King Institute of Preventive Medicine Micro-Biological Section reports 1912-19
Year: 1912
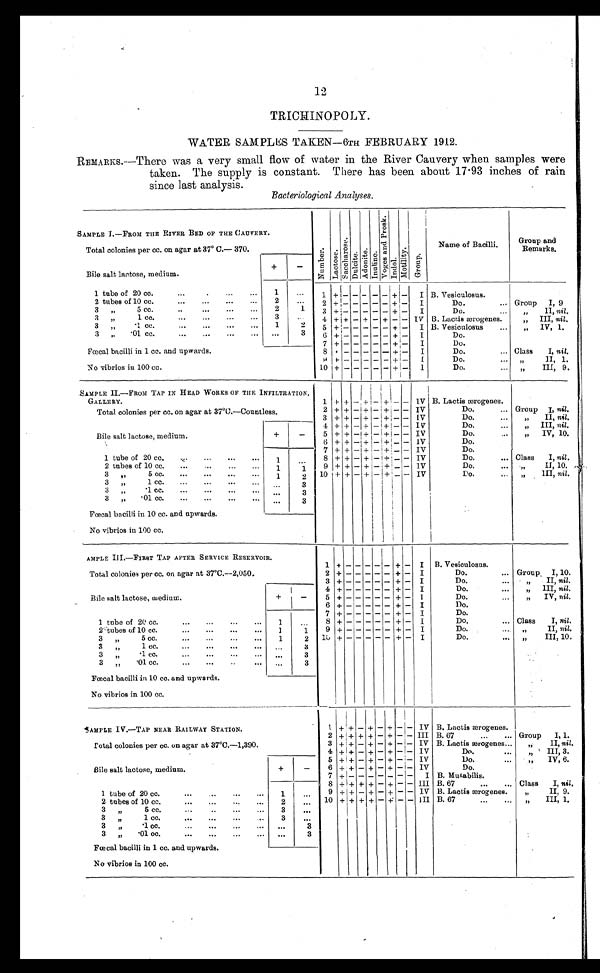
12
TRICHINOPOLY.
WATER SAMPLES TAKEN-6TH FEBRUARY 1912.
REMARKS.—There was a very small flow of water in the River Cauvery when samples were
taken. The supply is constant. There has been about 17.93 inches of rain
since last analysis.
Bacteriological Analyses.
SAMPLE I.—FROM THE RIVER BED OF THE CAUVERY .
N u m b e r .
L a c t o s e . S a c c h a r o s e . D u l c i t e . A d o n i t e . I n u l i n e . V o g e s a n d P r o s k . I n d o l .
M o t i l i t y . G r o u p .
Name of Bacilli.
Group and
Remarks.
Total colonies per cc. on agar at 37° C.— 370.
Bile salt lactose, medium.
+
—
1 tube of 20 cc. . . .
1
. . .
I +
-
- -
- - + —
I B. Vesiculosus.
2
2 tubes of 10 cc. . . .
. . .
2
+ -
- -
- - + —
I
Do. . . .
Group I, 9
2
1
3 " 5 cc. . . .
3
+ -
- -
- - + - I
Do. . . .
" I I ,
n i l .
3
3 " 1 cc. . . .
. . .
4
+ +
- +
- +
- - TV B. Lactis ærogenes.
"
III, nil.
1
3 " .1cc. . . .
2
5
+ -
- -
- - + - I B. Vesiculosus . . .
"
IV , 1.
3 " •01 cc. . . .
. . .
6
+ -
- -
- - +
- I
Do.
Fœcal bacilli in 1 cc. and upwards.
7
+ -
-
- - + -
I
Do.
8 + -
- -
- - + - I
Do. . . .
Class I, nil.
No vibrios in 100 cc.
9 + -
- -
- - + - I
Do. . . .
" I I , 1 .
10
+
-
- -
- - + - I
Do. . . .
" III, 9.
SAMPLE II.—FROM TAP IN HEAD WORKS OF THE INFILTRATION.
GALLERY.
1
+ +
-
+
-
+ - - TV B. Lactis ærogenes.
Total colonies per cc. on agar at 37°C.—Countless.
2 + +
- + -
+ - - IV
Do. . . .
Group I, nil.
3 + +
- +
- + - - IV
Do. . . .
" II, nil.
Bile salt lactose, medium.
+
—
4 + +
- +
- + - - IV
Do. . . .
" III, nil.
5 + +
- +
- + - - IV
Do. . . .
" IV, 10.
6 + +
- +
- +
- - IV
Do. . . .
1 tube of 20 cc. . . .
1
. . .
7 + +
- +
- + - - IV
Do. . . .
8 + +
- +
- + - - IV
Do. . . .
Class
I, nil .
2 tubes of 10 cc. . . .
9 + +
- +
- + - - IV
Do. . . .
II, 10.
1
1
3 " 5 c c . . . .
1
2
10 + + - +
- + - - IV
D o . . . .
III, nil.
3 " 1
cc. . . .
. . .
3
3 " 1 c c . . . .
. . .
3
3 " .01 cc. . . .
. . .
3
Fœcal bacilli in 10 cc. and upwards.
No vibrios in 100 cc.
AMPLE III.—FIRST TAP AFTER SERVICE RESERVOIR.
1
+
-
- - -
-
+
- I B. Vesiculosus.
Total colonies per cc. on agar at 37°C.—2,050.
2
+ - - - -
- +
- I
Do. . . .
Group I, 10.
3
+ - - - -
- +
- I
Do. . . .
" II, nil.
Bile salt lactose, medium.
+
-
4 + - - - -
- +
- I
Do. . . .
" I I I ,
n i l .
5
+ - - - -
- +
- I
Do. . . .
" IV, nil.
6
+ - - - -
- +
- I
Do.
1 tube of 20 cc.
1
. . .
7
+ - - - -
- + - I
Do.
8
+ - - - -
- +
- I
Do. . . .
Class I, nil.
2 tubes of 10 cc.
1
1
9 + - - - -
- +
- I
Do. . . .
" I I ,
n i l .
1 0 + - - - -
- +
- I
Do. . . .
" I I I , 1 0 .
1
2
3 " 5 cc. . . .
3 " 1 cc. . . .
. . .
3
3 " .
1 cc. . . .
. . .
3
3 " .01 cc. . . .
. . .
3
Fœcal bacilli in 10 cc. and upwards.
No vibrios in 100 cc.
SAMPLE I V.—TAP NEAR RAILWAY STATION.
1
+ +
- +
- +
- - IV B. Lactis ærogenes.
2
+ +
+ +
- +
- - III B. 67 . . .
Group I, 1.
Total colonies per cc. on agar at 37°C.–1,390.
3
+ +
- +
- +
- - IV B. Lactis ærogenes . . .
" II, nil.
4
+ +
- +
- +
- - IV
Do. . . .
" III, 3.
Bile salt lactose, medium.
+
-
5
+ +
- +
- +
- - IV
Do. . . .
" I V , 6 .
6 + +
- +
- +
- - IV
Do.
7
+ -
- - - - - - I B. Mutabilis.
8 + + + +
- +
- - III B. 67 . . .
Class I, nil.
1 tube of 20 cc. . . .
1
. . .
9 + + - +
- +
- - 1V B. Lactis ærogenes.
" II, 9.
10
+ +
+ + - + - - III B. 67 . . .
" I I I , 1 .
2 tubes of 10 cc. . . .
2
. . .
3 " 5 cc. . . .
3
. . .
3 " 1 cc. . . .
3
. . .
3 " .1 cc. . . .
. . .
3
3 .01 oc. . . .
. . .
3
Fœcal bacilli in 1 cc. and upwards.
No vibrios in 100 cc.